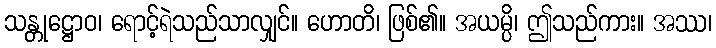
သန္တုဋ္ဌောဝ၊ ရောင့်ရဲသည်သာလျှင်။ ဟောတိ၊ ဖြစ်၏။ အယမ္ပိ၊ ဤသည်ကား။ အဿ၊